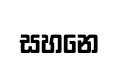
සහනෙ